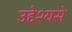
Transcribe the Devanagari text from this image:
उद्देश्‍यसे